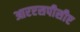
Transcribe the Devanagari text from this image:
आरएसपीसीए